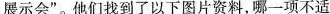
展示会”。他们找到了以下图片资料，哪一项不适